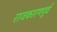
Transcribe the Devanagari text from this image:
राजकारणपूर्व